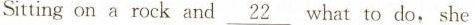
Sitting on a rock and \underline{22} what to do，she